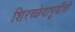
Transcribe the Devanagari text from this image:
शिरच्छेदापूर्वीची